画像に写った文字を読んでください
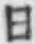
「日」と書いてあります